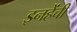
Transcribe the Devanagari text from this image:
इनहेंची